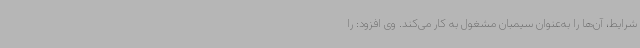
شرایط، آن‌ها را به‌عنوان سیمبان مشغول به کار می‌کند. وی افزود: را